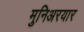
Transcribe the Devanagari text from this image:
मुनिअरयार